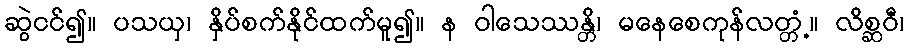
ဆွဲငင်၍။ ပသယှ၊ နှိပ်စက်နိုင်ထက်မူ၍။ န ဝါသေဿန္တိ၊ မနေစေကုန်လတ္တံ့။ လိစ္ဆဝီ၊